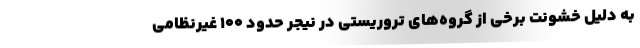
به دلیل خشونت‌ برخی از گروه‌های تروریستی در نیجر حدود 100 غیرنظامی